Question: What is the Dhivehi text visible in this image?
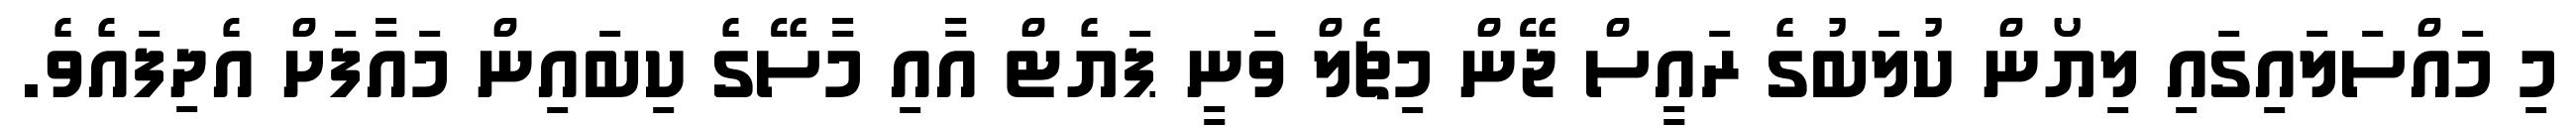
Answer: މި މައްސަލައިގައި ލިޔޯން ކުލަބުގެ ރައީސް ޖޭން މިޗެލް ވަނީ ޕަޔެޓް އާއި މާސޭގެ ކިބައިން މައާފަށް އެދިފައެވެ.